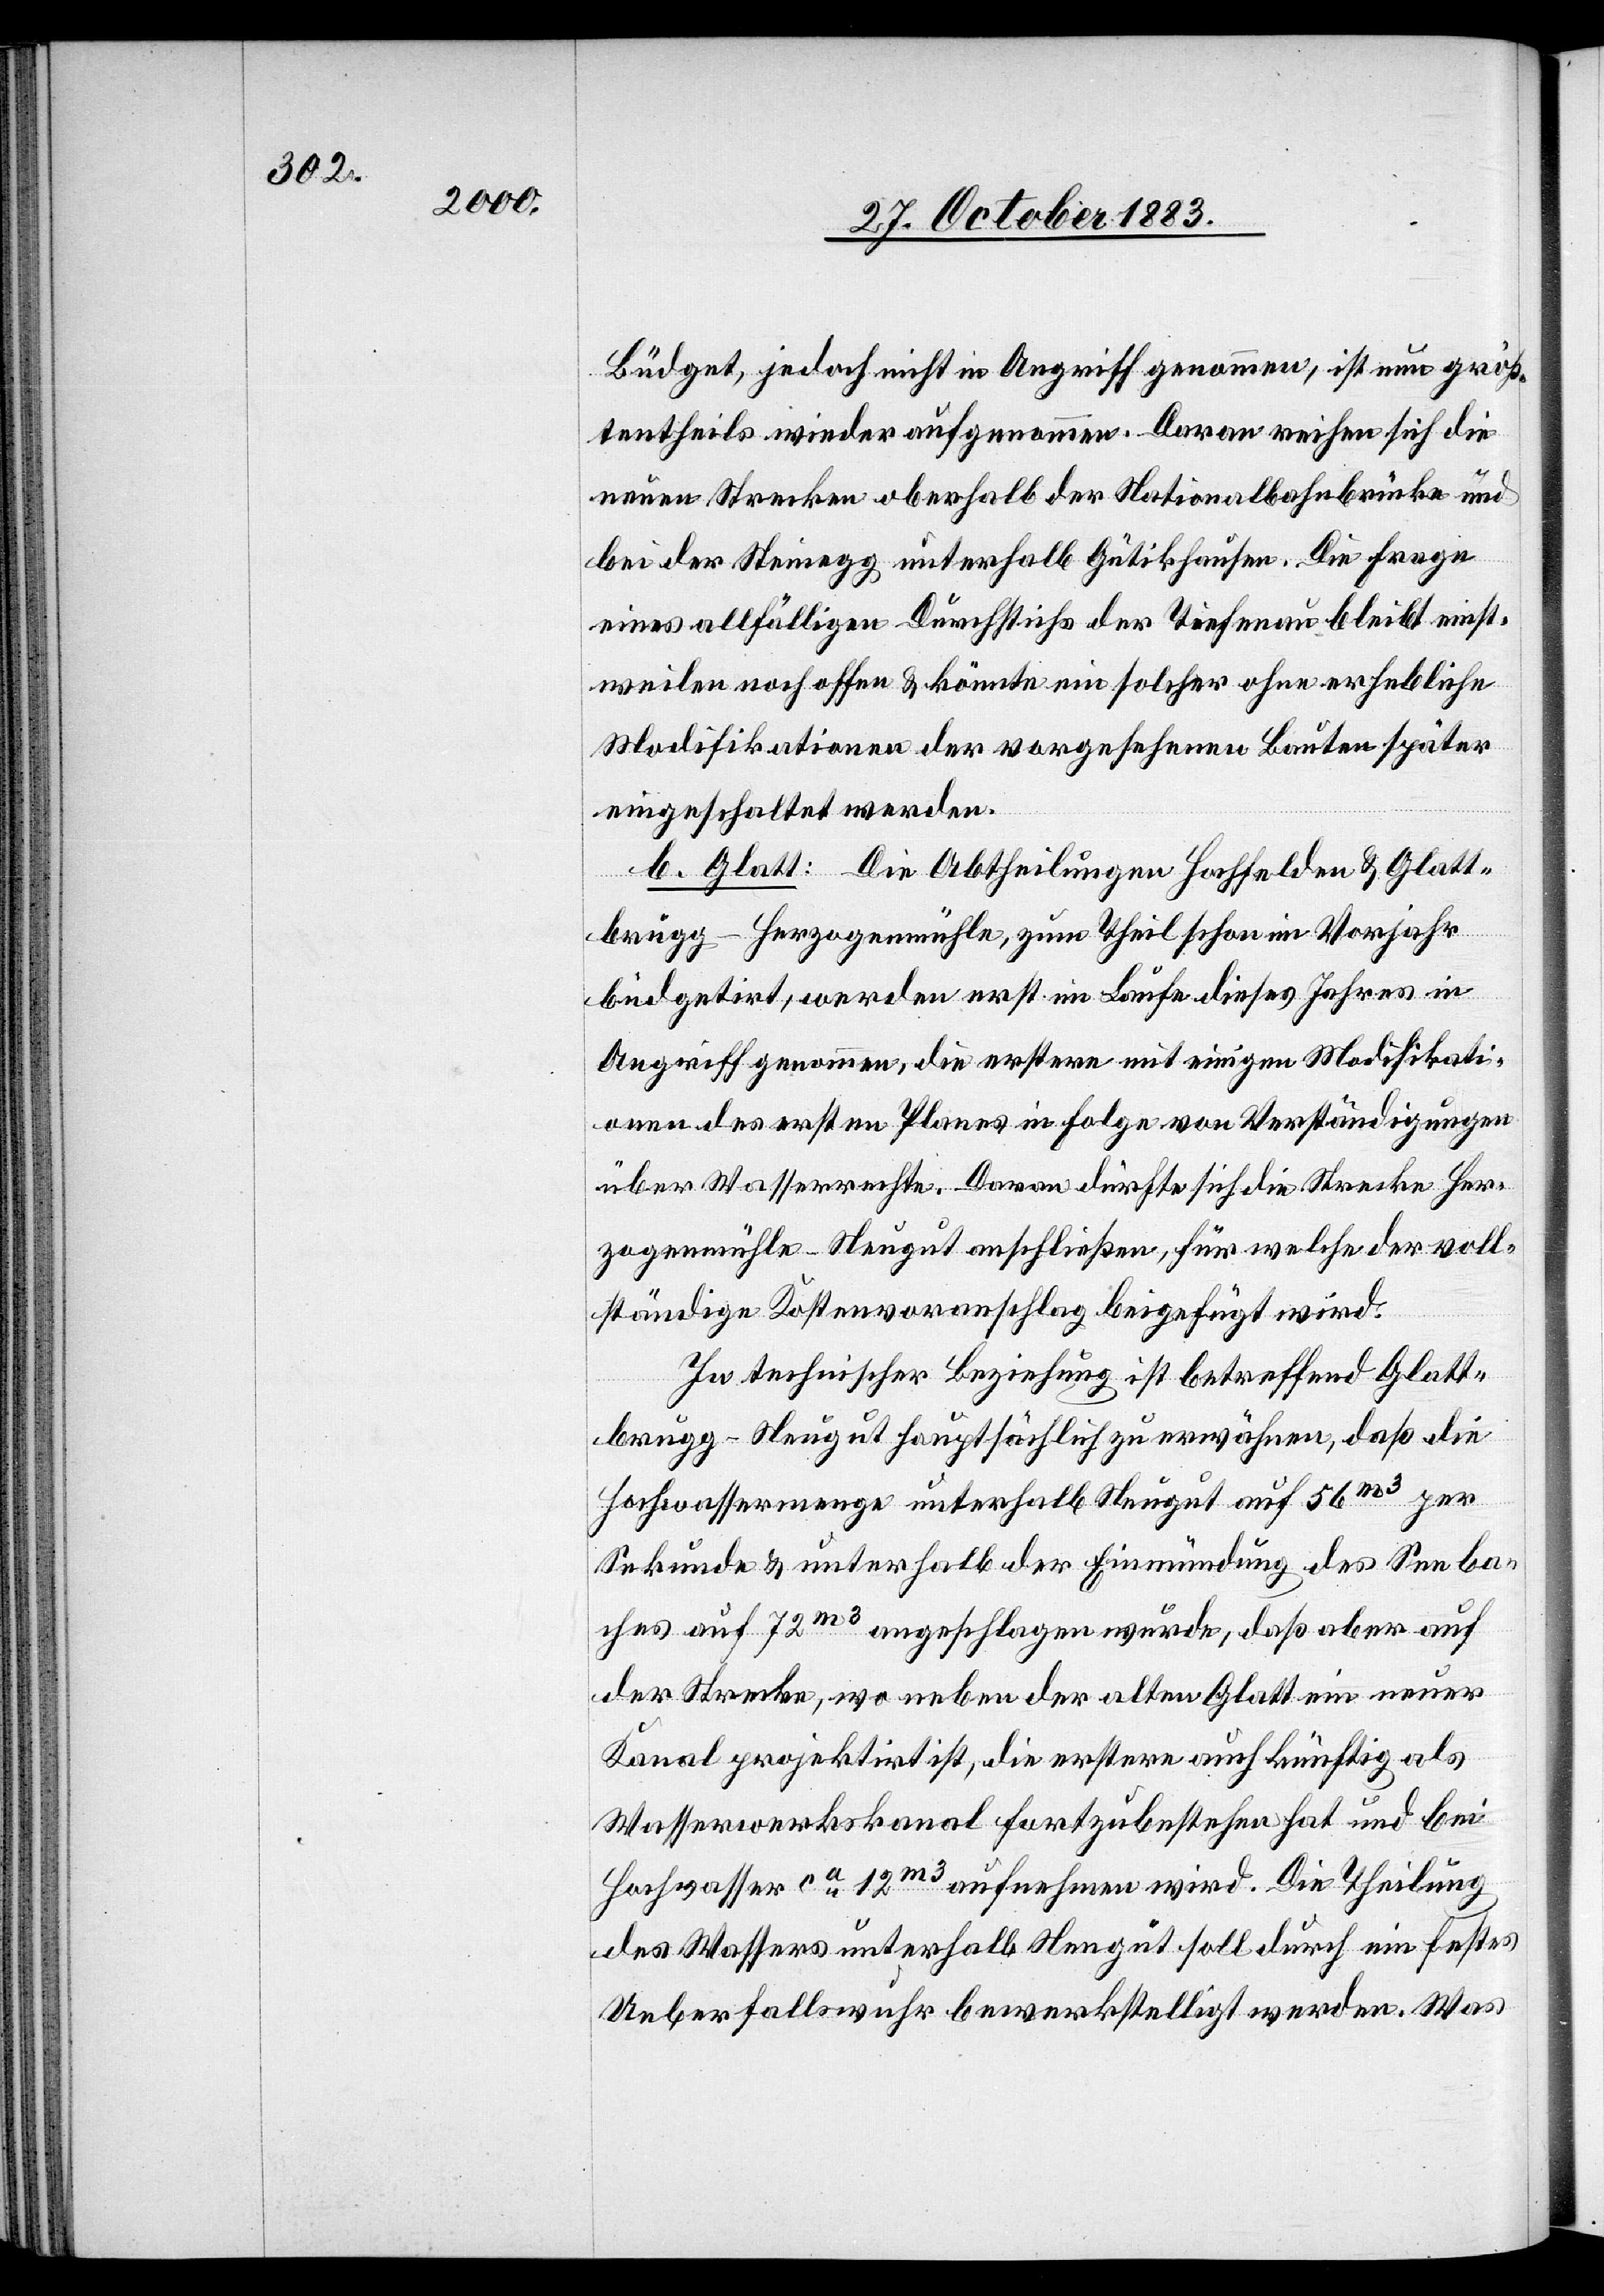
Büdget, jedoch nicht in Angriff genommen, ist nun größ¬
tentheils wieder aufgenommen. Davon reichen sich die
neuen Strecken oberhalb der Nationalbahnbrücke und
bei der Steinegg unterhalb Gütikhausen. Die Frage
eines allfälligen Durchstichs der Tiefenau bleibt einst¬
weilen noch offen & könnte ein solcher ohne erhebliche
Modifikationen der vorgesehenen Bauten später
eingeschaltet werden.
b. Glatt: Die Abtheilungen Hochfelden & Glatt¬
brugg–Herzogenmühle, zum Theil schon im Vorjahr
büdgetirt, werden erst im Laufe dieses Jahres in
Angriff genommen, die erstere mit einigen Modifikati¬
onen des ersten Planes in Folge von Verständigungen
über Wasserrechte. Daran dürfte sich die Strecke Her¬
zogenmühle–Neugut aufschließen, für welche der voll¬
ständige Kostenvoranschlag beigefügt wird.
In technischer Beziehung ist betreffend Glatt¬
brugg–Neugut hauptsächlich zu erwähnen, daß die
Hochwassermenge unterhalb Neugut auf 56 m3 per
Sekunde & unterhalb der Einmündung des Seeba¬
ches auf 72m3 angeschlagen wurde, daß aber auf
der Strecke, wo neben der alten Glatt ein neuer
Kanal projektirt ist, die erstere auch künftig als
Wasserwerkskanal fortzubestehen hat und bei
Hochwasser ca 12m3 aufnehmen wird. Die Theilung
des Wassers unterhalb Neugut soll durch ein festes
Ueberfallswuhr bewerkstelligt werden. Was